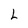
Character: L